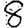
Digit: 8